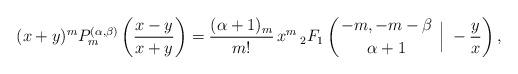
LaTeX: \begin{align*} (x+y)^{m}P_{m}^{(\alpha,\beta)}\left(\frac{x-y}{x+y}\right)=\frac{(\alpha+1)_{m}}{m!}\,x^{m}\, {}_2F_{1}\left( \genfrac{}{}{0pt}{}{-m,-m-\beta}{\alpha+1} \;\Big \rvert \; -\frac{y}{x} \right),\end{align*}